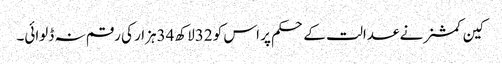
کین کمشنر نے عدالت کے حکم پر اس کو 32لاکھ 34ہزار کی رقم نہ ڈلوائی۔